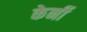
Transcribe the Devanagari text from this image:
केर्नी